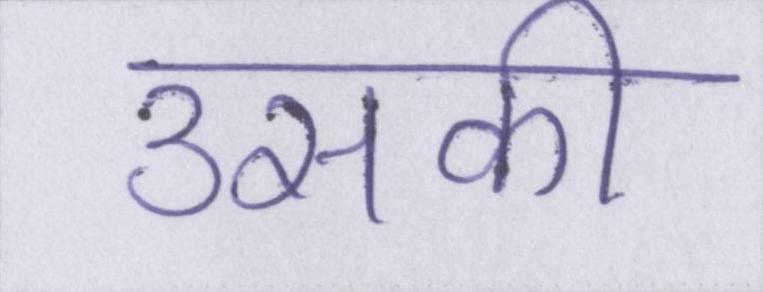
उसकी